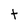
Character: t